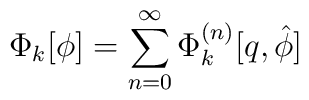
\Phi _k[\phi ]=\sum_{n=0}^\infty \Phi _k^{(n)}[q,\hat \phi ]